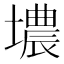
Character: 𮰮